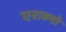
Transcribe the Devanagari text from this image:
एरास्मो